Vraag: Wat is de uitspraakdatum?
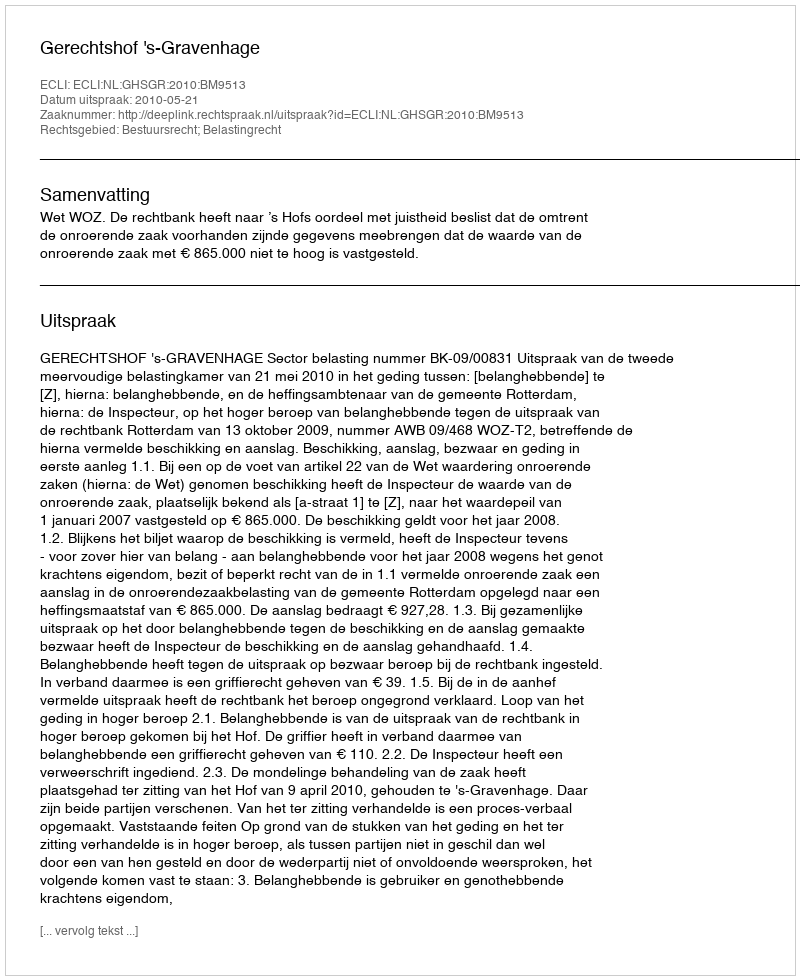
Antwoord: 2010-05-21